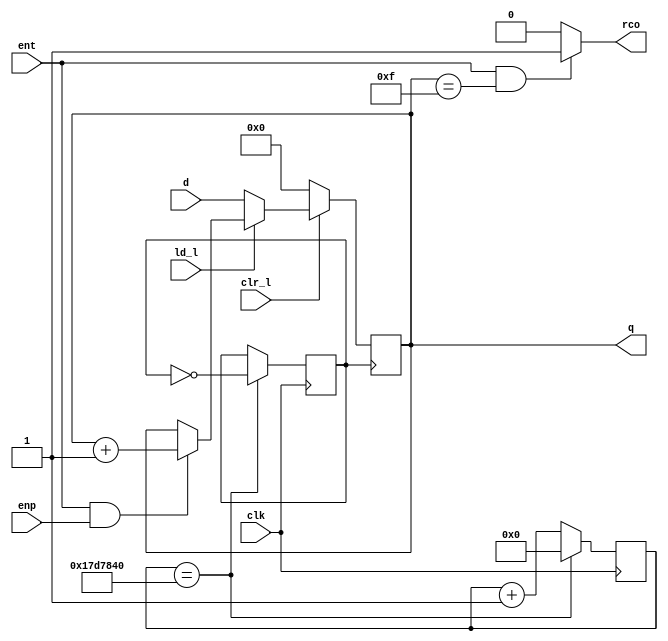
`timescale 1ns / 1ps
//////////////////////////////////////////////////////////////////////////////////
// Company: 
// Engineer: 
// 
// Design Name: 
// Module Name: synchronous_counter
// Project Name: 
// Target Devices: 
// Tool Versions: 
// Description: 
// 
// Dependencies: 
// 
// Revision:
// Revision 0.01 - File Created
// Additional Comments:
// 
//////////////////////////////////////////////////////////////////////////////////

module synchronous_counter(clk, clr_l, ld_l, enp, ent, d, q, rco);
input clk,clr_l,ld_l,enp,ent;
input [3:0] d;
output [3:0] q;
output rco;

reg [3:0] q = 0;
reg rco = 0;
reg [31:0] divclk_cnt = 0;
reg divclk = 0;

always@(posedge clk) begin
    if(divclk_cnt==25000000) begin
        divclk = ~divclk;
        divclk_cnt = 0;
    end
    else begin
        divclk_cnt = divclk_cnt + 1'b1;
    end
end

always @(posedge divclk) begin
    if (clr_l == 0) q <= 0;
    else if (ld_l == 0) q <= d;
    else if (ent==1 && enp==1) q <= q + 1;
    else q <= q;
end

always @(q or ent) begin
    if (ent==1 && q==15) rco = 1;
    else rco = 0;
end
endmodule